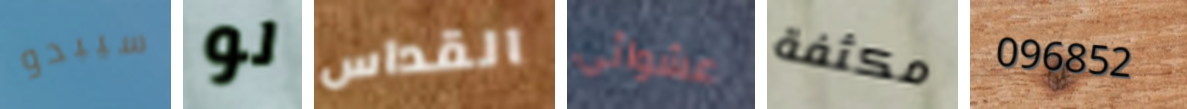
سيبدو لو القداس عشوائي مكثفة 096852